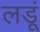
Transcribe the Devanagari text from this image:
लडूं